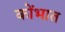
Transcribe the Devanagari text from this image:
कोंभात